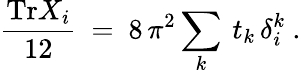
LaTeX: \frac{\mathrm{Tr}X_{i}}{12}\ =\ 8\, \pi^{2}\sum_{k}\: t_{k}\, \delta_{i}^{k}\ .